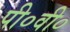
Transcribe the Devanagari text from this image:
पी०वी०